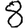
Digit: 8